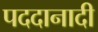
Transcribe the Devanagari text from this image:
पददानादी